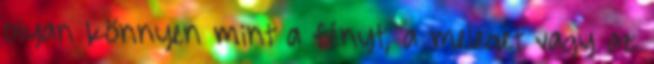
olyan könnyen mint a fényt, a meleget vagy az